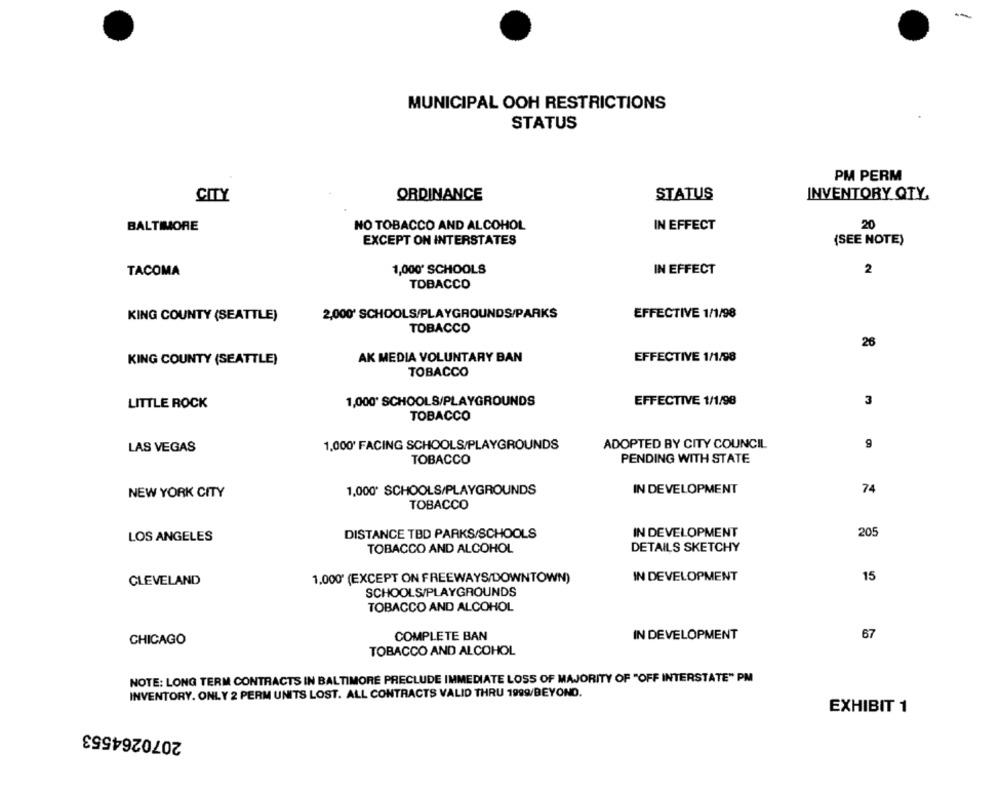
MUNICIPAL OOH RESTRICTIONS
STATUS
PM PERM
CITY
ORDINANCE
STATUS
INVENTORY QTY
BALTIMORE
NO TOBACCO AND ALCOHOL
IN EFFECT
20
EXCEPT ON INTERSTATES
(SEE NOTE)
1,000' SCHOOLS
TACOMA
IN EFFECT
2
TOBACCO
KING COUNTY (SEATTLE)
2,000* SCHOOLS/PLAYGROUNDS/PARKS
EFFECTIVE 1/1/98
TOBACCO
26
KING COUNTY (SEATTLE)
AK MEDIA VOLUNTARY BAN
EFFECTIVE 1/1/98
TOBACCO
1,000* SCHOOLS/PLAYGROUNDS
EFFECTIVE 1/1/98
3
LITTLE ROCK
TOBACCO
LAS VEGAS
1,000' FACING SCHOOLS/PLAYGROUNDS
ADOPTED BY CITY COUNCIL
9
PENDING WITH STATE
TOBACCO
1,000* SCHOOLS/PLAYGROUNDS
IN DEVELOPMENT
74
NEW YORK CITY
TOBACCO
LOS ANGELES
DISTANCE TBD PARKS/SCHOOLS
IN DEVELOPMENT
205
TOBACCO AND ALCOHOL
DETAILS SKETCHY
IN DEVELOPMENT
15
CLEVELAND
1.000" (EXCEPT ON FREEWAYS/DOWNTOWN)
SCHOOLS/PLAYGROUNDS
TOBACCO AND ALCOHOL
CHICAGO
COMPLETE BAN
IN DEVELOPMENT
67
TOBACCO AND ALCOHOL
NOTE: LONG TERM CONTRACTS IN BALTIMORE PRECLUDE IMMEDIATE LOSS OF MAJORITY OF "OFF INTERSTATE" PM
INVENTORY. ONLY 2 PERM UNITS LOST. ALL CONTRACTS VALID THRU 1999/BEYOND.
EXHIBIT 1
2070264553